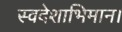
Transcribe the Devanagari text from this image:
स्वदेशाभिमान।